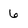
Character: 6